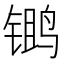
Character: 𫛾